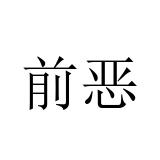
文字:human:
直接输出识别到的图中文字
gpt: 前恶